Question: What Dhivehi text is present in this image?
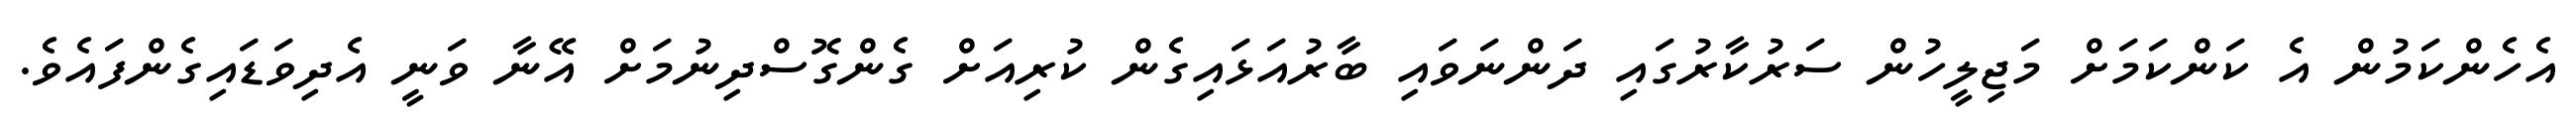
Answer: އެހެންކަމުން އެ ކަންކަމަށް މަޖިލީހުން ސަރުކާރުގައި ދަންނަވައި ބާރުއަޅައިގެން ކުރިއަށް ގެންގޮސްދިނުމަށް އޭނާ ވަނީ އެދިވަޑައިގެންފައެވެ.